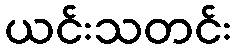
ယင်းသတင်း